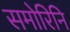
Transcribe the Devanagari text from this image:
समोरिनि